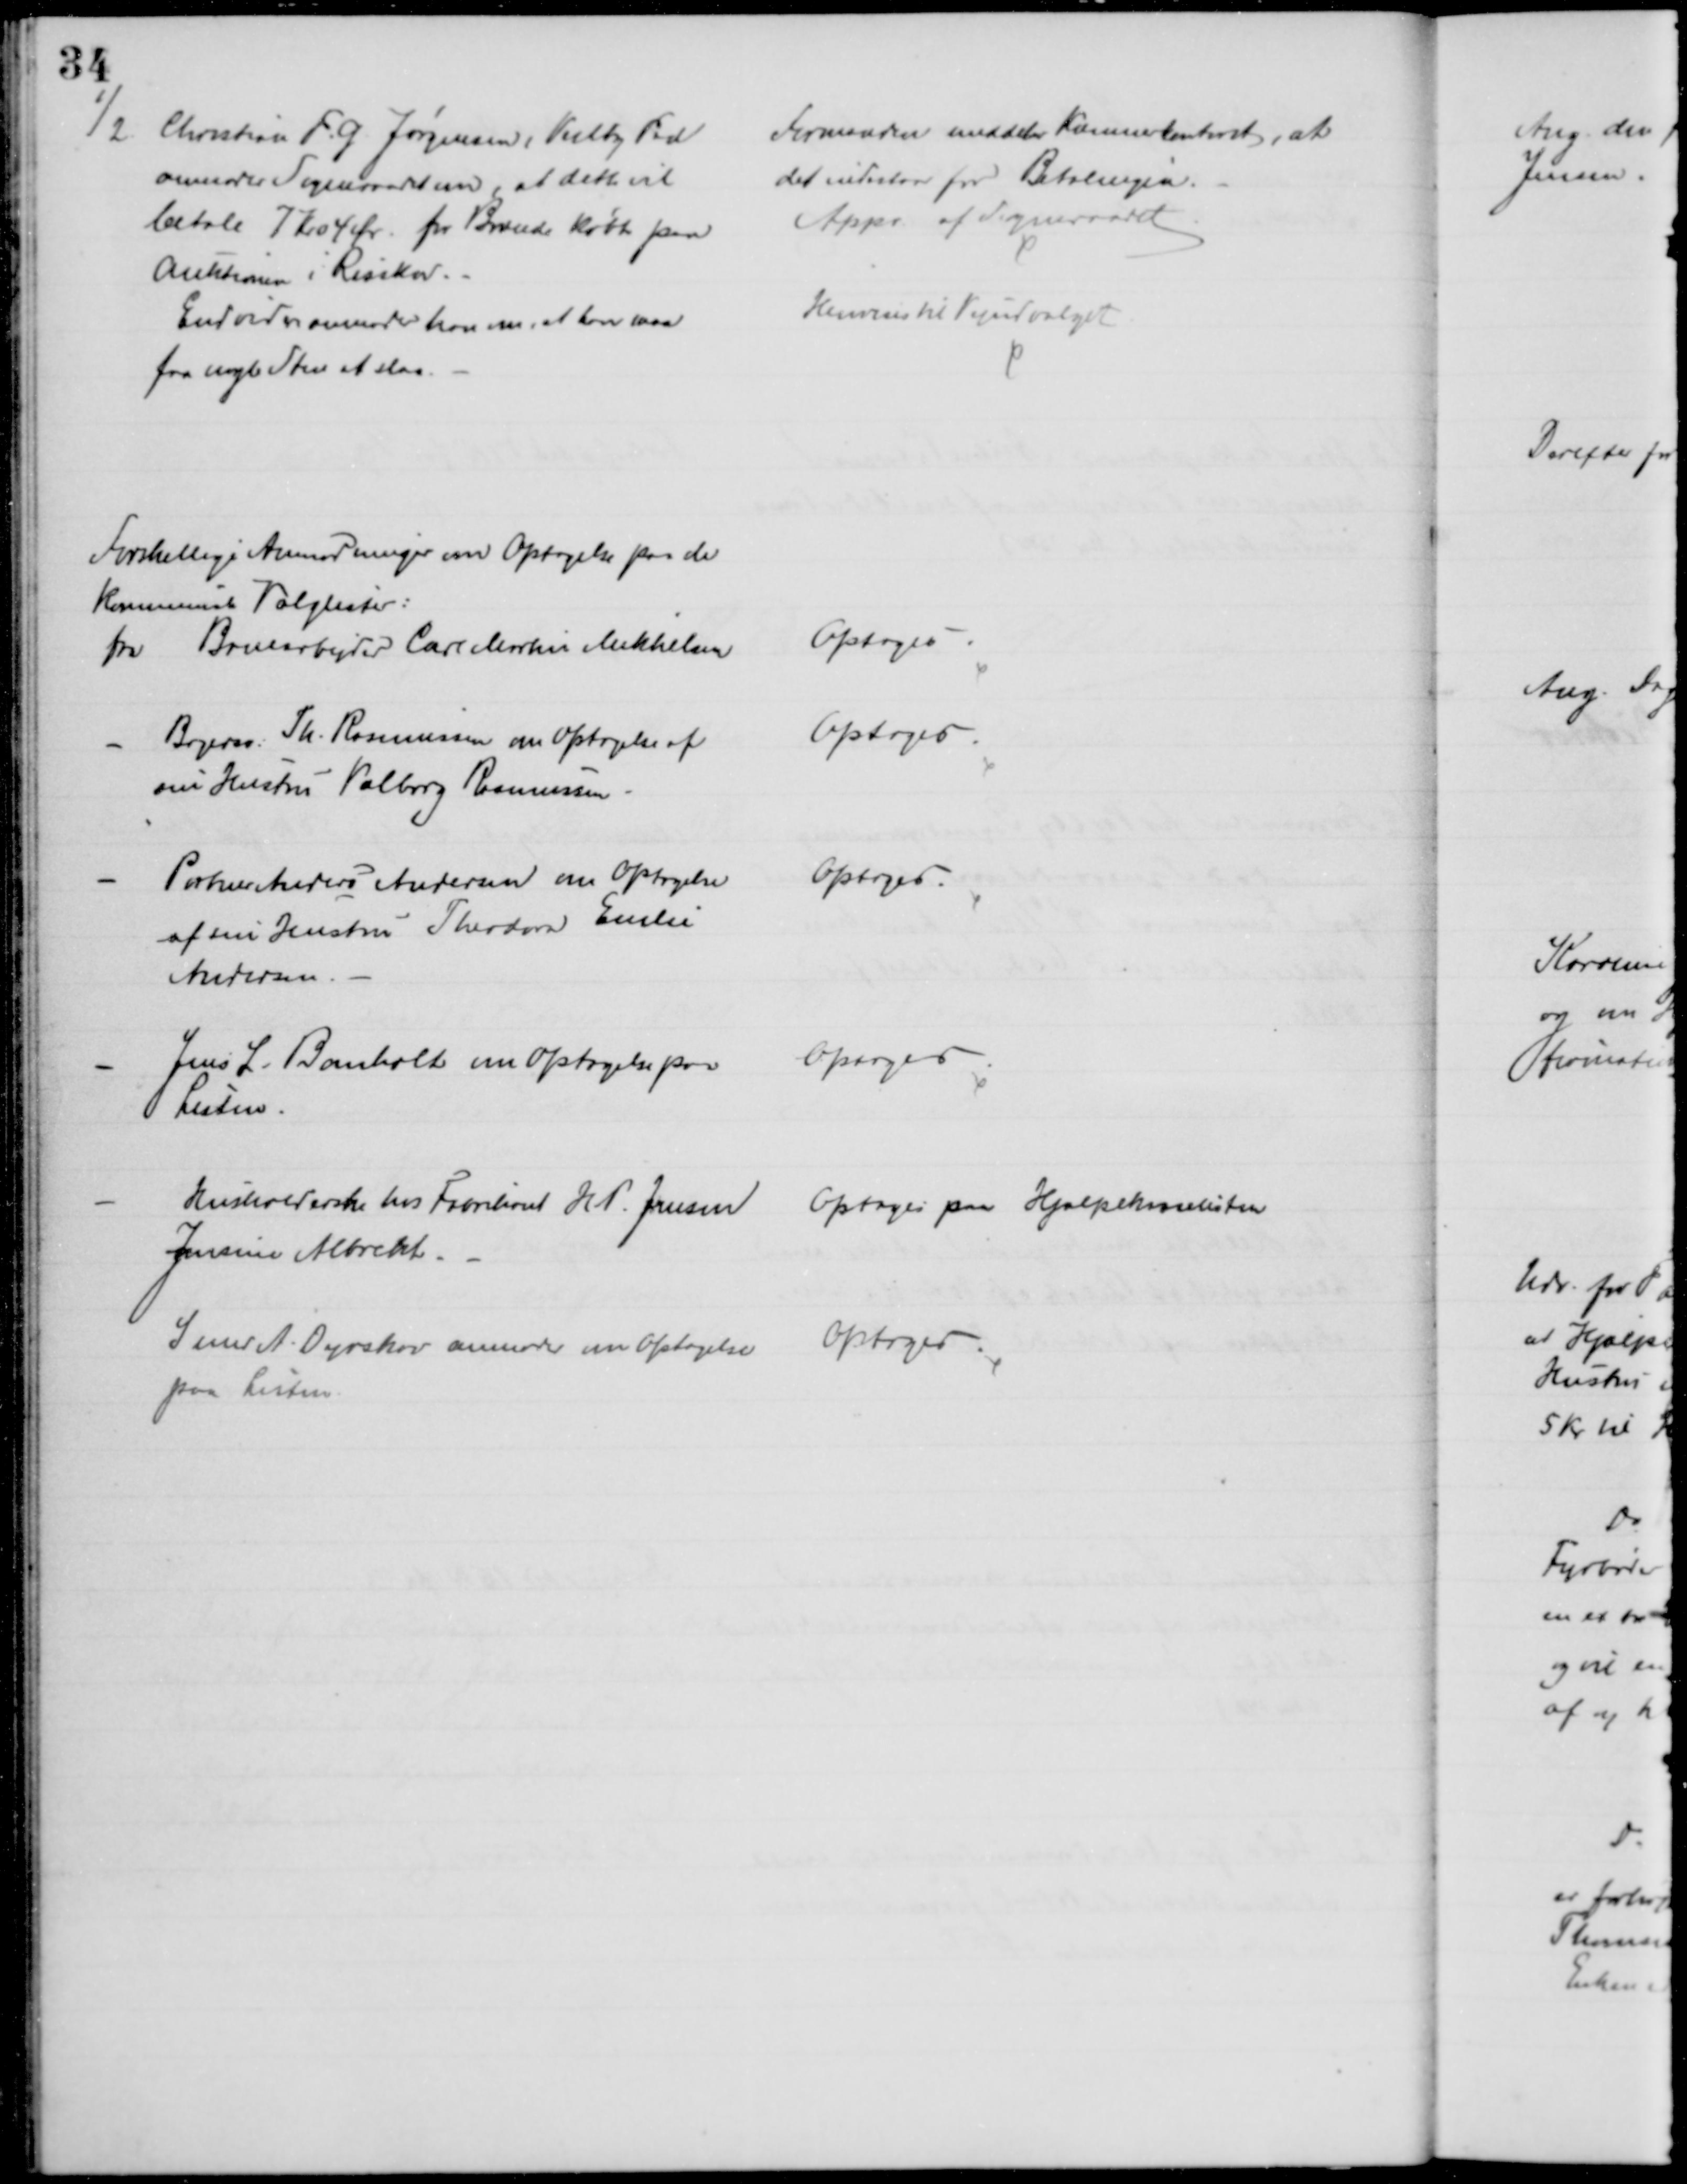
Transskription:
1/2. Christian F. G. Jørgensen, Vejlby Fed
anmoder Sogneraadet om, at dette vil
betale 7 Kr 04 Ør for Brænde købt paa
Auktionen i Risskov.
Endvider anmoder han om, at han maa
faa nogle Sten at slaa.
Formanden meddeler Kæmnerkonteret, at
det indestaar for Betalingen.
Appr. af Sogneraadet
Henvises til Vejudvalget.
Forskellige Anmodninger om Optagelse paa de
kommunale Valglister:
fra Banearbejder Carl Martin Mikkelsen
Optoges
Bagersv. Th. Rasmussen om Optagelse af
sin Hustru Valborg Rasmussen
Optoges
Portner Anders Andersen om Optagelse
af sin Hustru Theodora Emilie
Andersen.
Optoges.
Jens L. Bomholt om Optagelse paa
Listen.
Optoges
Husholderske hos Fabrikant H. P. Jensen 
Jensine Albrekt.
Optoges paa Hjælpekasselisten
Svend A. Dyrskov anmoder om Optagelse
paa Listen.
Optoges.